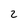
Character: 2